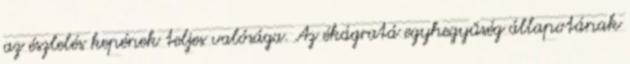
az észlelés kepének teljes valósága. Az ékágratá egyhegyűség állapotának